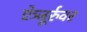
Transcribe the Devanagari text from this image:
ऐञ्जूर्रुवर